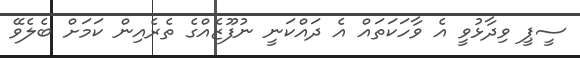
ސީޕީ ވިދާޅުވީ އެ ވާހަކަތައް އެ ދައްކަނީ ނުފޫޒެއްގެ ތެރެއިން ކަމަށް ބެލެވޭ